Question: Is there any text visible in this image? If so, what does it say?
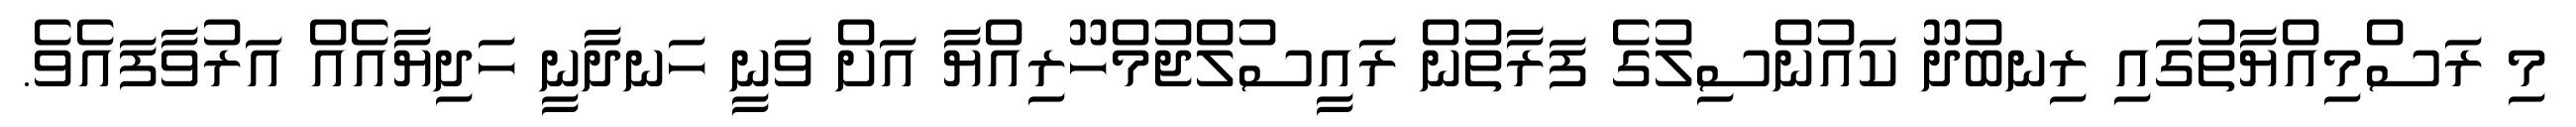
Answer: މި ރަސްމިއްޔާތުގައި ރިނބުދޫ ކައުންސިލުގެ ފަރާތުން ރައީސުލްޖުމްހޫރިއްޔާ އަށް ވަނީ ހަނދާނީ ހަދިޔާއެއް އަރުވާފައެވެ.